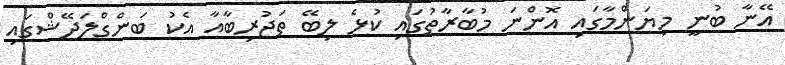
އޭނާ ބުނީ މިޔަންމާގައި އޮންނަ މުބާރާތުގައި ކުޅެ ލިބޭ ތަޖުރިބާއާ އެކު ބަންގްލަދޭޝްގައި